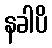
နခါပိ